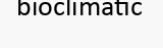
bioclimatic